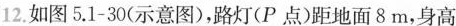
12. 如图5.1-30(示意图)，路灯(P 点)距地面8m，身高